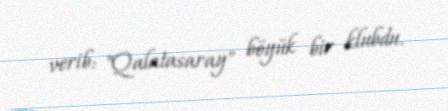
verib: "Qalatasaray" böyük bir klubdu.